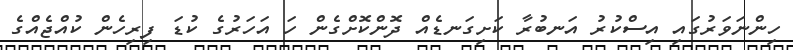
ހިންނަވަރުގައި އިސްކުރު އަނބުރާ ކަށިގަނޑެއް ދޮންކޮށްގެން ހަ އަހަރުގެ ކުޑަ ފިރިހެން ކުއްޖެއްގެ